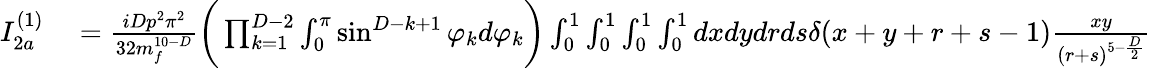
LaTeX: \begin{array}{rl}{I_{2a}^{(1)}}&{{}=\frac{iDp^{2}\pi^{2}}{32m_{f}^{10-D}}\bigg(\prod_{k=1}^{D-2}\int_{0}^{\pi}\sin^{D-k+1}\varphi_{k}d\varphi_{k}\bigg)\int_{0}^{1}\int_{0}^{1}\int_{0}^{1}\int_{0}^{1}dxdydrds\delta(x+y+r+s-1)\frac{xy}{(r+s)^{5-\frac{D}{2}}}}\end{array}